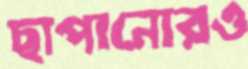
ছাপানোরও